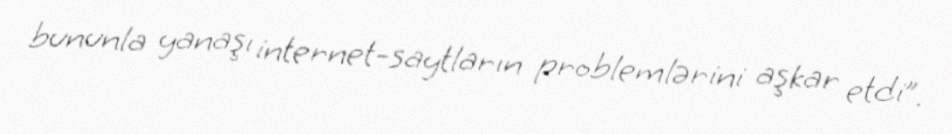
bununla yanaşı internet-saytların problemlərini aşkar etdi”.